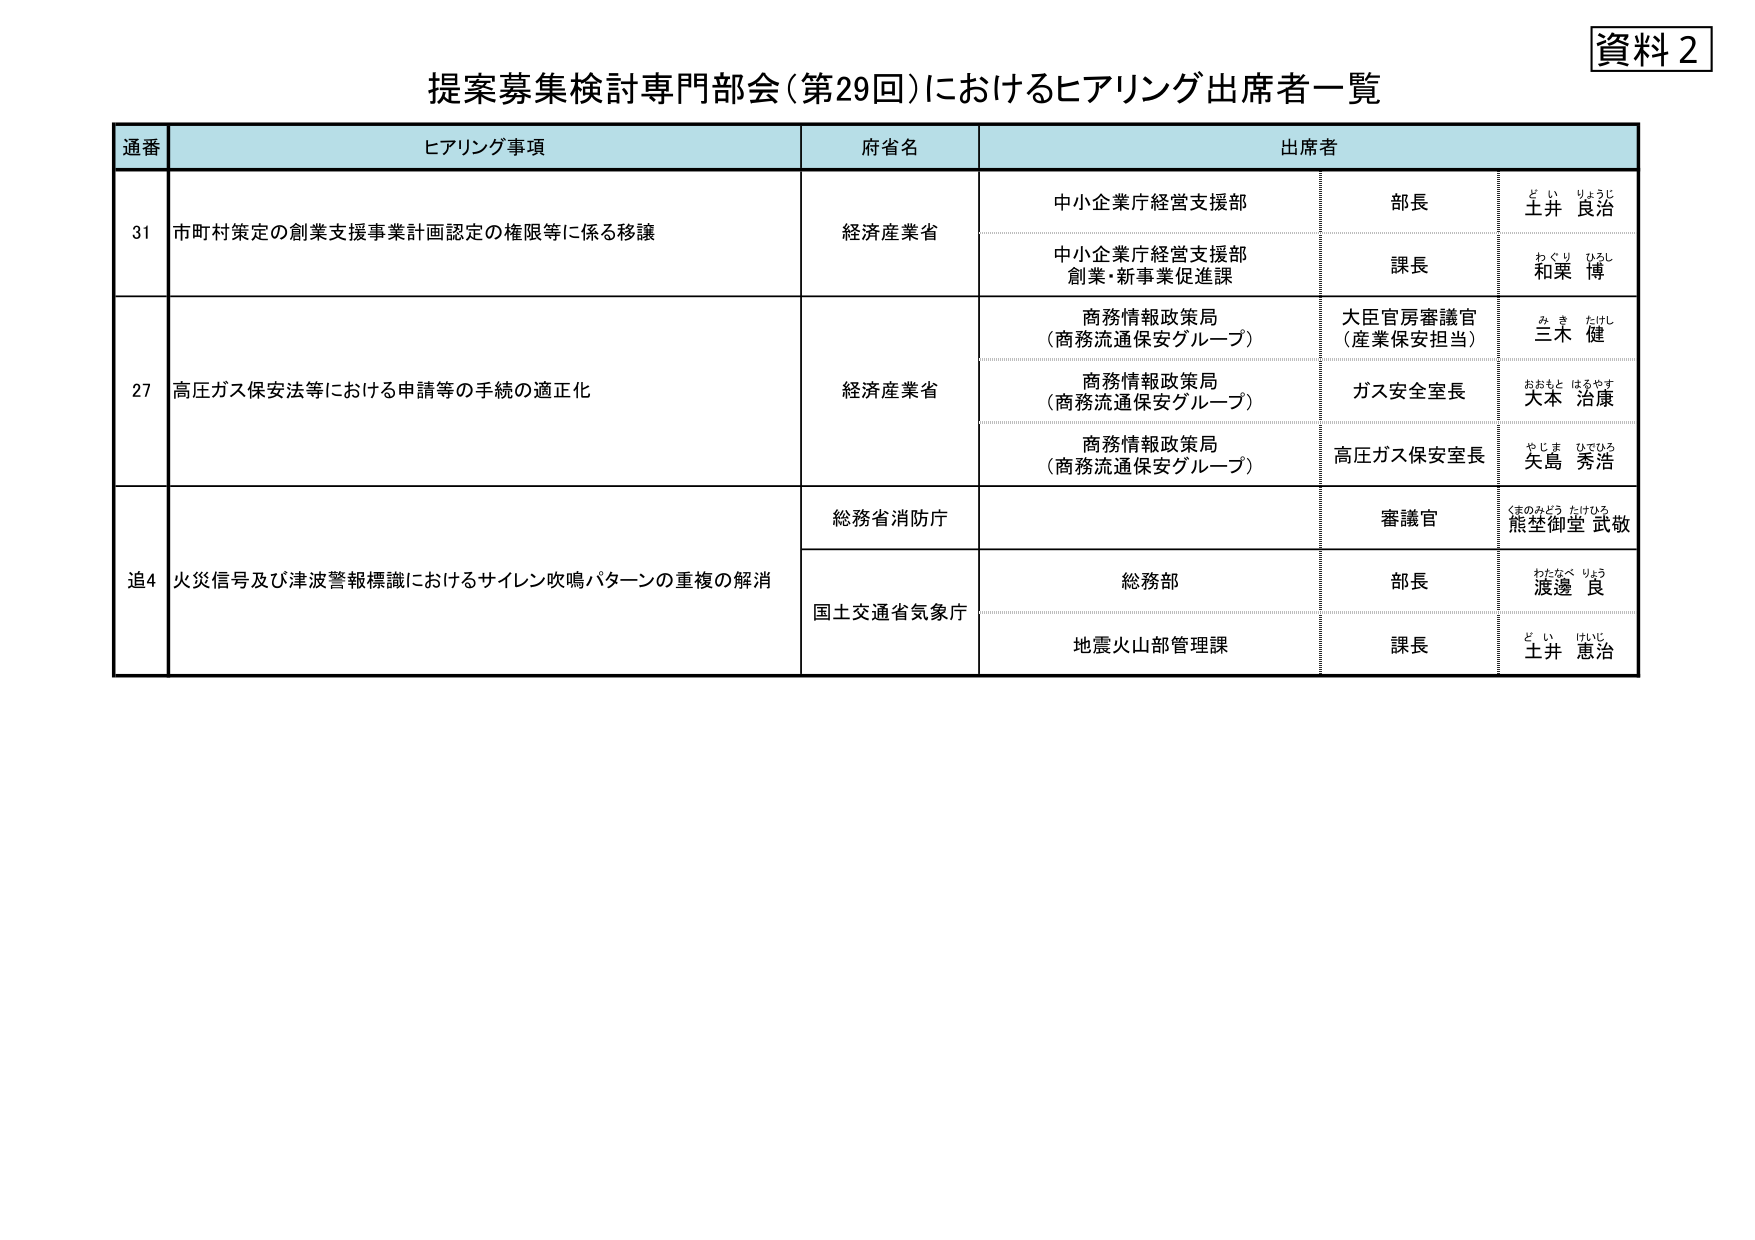
資料２
提案募集検討専門部会（第29回）におけるヒアリング出席者一覧

通番　　ヒアリング事項　　　　　　　　　　　　　　　府省名　　　　　　　　　　　出席者

31　　市町村策定の創業支援事業計画認定の権限等に係る移譲　　　　経済産業省　　　　　　中小企業庁経営支援部　　　　　　部長　　　　　　土井 良治
　　　　　　　　　　　　　　　　　　　　　　　　　　　　　　　　　　　　　　　　　　中小企業庁経営支援部
　　　　　　　　　　　　　　　　　　　　　　　　　　　　　　　　　　　　　　　　　　創業・新事業促進課　　　　　　課長　　　　　　和栗 博

27　　高圧ガス保安法等における申請等の手続の適正化　　　　　　経済産業省　　　　　　商務情報政策局
　　　　　　　　　　　　　　　　　　　　　　　　　　　　　　　　　　　　　　　　　　（商務流通保安グループ）　　　　大臣官房審議官
　　　　　　　　　　　　　　　　　　　　　　　　　　　　　　　　　　　　　　　　　　　　　　　　　　　　　　　　　　（産業保安担当）　　　　三木 健
　　　　　　　　　　　　　　　　　　　　　　　　　　　　　　　　　　　　　　　　　　商務情報政策局
　　　　　　　　　　　　　　　　　　　　　　　　　　　　　　　　　　　　　　　　　　（商務流通保安グループ）　　　　ガス安全室長　　　大本 治康
　　　　　　　　　　　　　　　　　　　　　　　　　　　　　　　　　　　　　　　　　　商務情報政策局
　　　　　　　　　　　　　　　　　　　　　　　　　　　　　　　　　　　　　　　　　　（商務流通保安グループ）　　　　高圧ガス保安室長　矢島 秀浩

追4　　火災信号及び津波警報標識におけるサイレン吹鳴パターンの重複の解消　　　　総務省消防庁　　　　　　審議官　　　　　熊埜御堂 武敬
　　　　　　　　　　　　　　　　　　　　　　　　　　　　　　　　　　　　　　　　　　国土交通省気象庁　　　　総務部　　　　　　部長　　　　　　渡邊 良
　　　　　　　　　　　　　　　　　　　　　　　　　　　　　　　　　　　　　　　　　　　　　　　　　　　　　　　　地震火山部管理課　　　課長　　　　　　土井 恵治